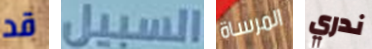
قد السبيل المرساة ندري